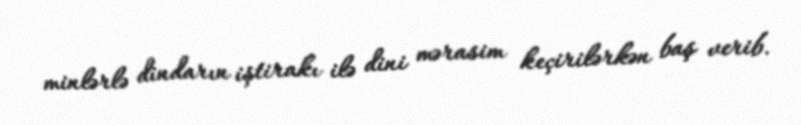
minlərlə dindarın iştirakı ilə dini mərasim keçirilərkən baş verib.